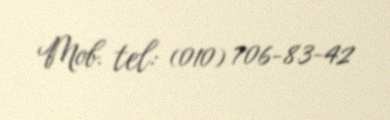
Mob. tel: (010) 706-83-42